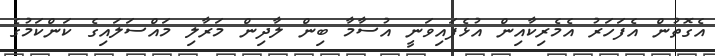
އެގޮތުން އެފަހަރު އެމެރިކާއިން އުޅެފައިވަނީ އުސާމާ ބިން ލާދިން މަރާލި މައްސަލައިގެ ކަންކަމުގެ